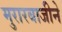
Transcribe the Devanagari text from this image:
मुरारबाजीने